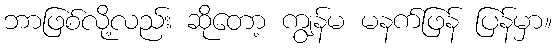
ဘာဖြစ်လို့လည်း ဆိုတော့ ကျွန်မ မနက်ဖြန် ပြန်မှာ။